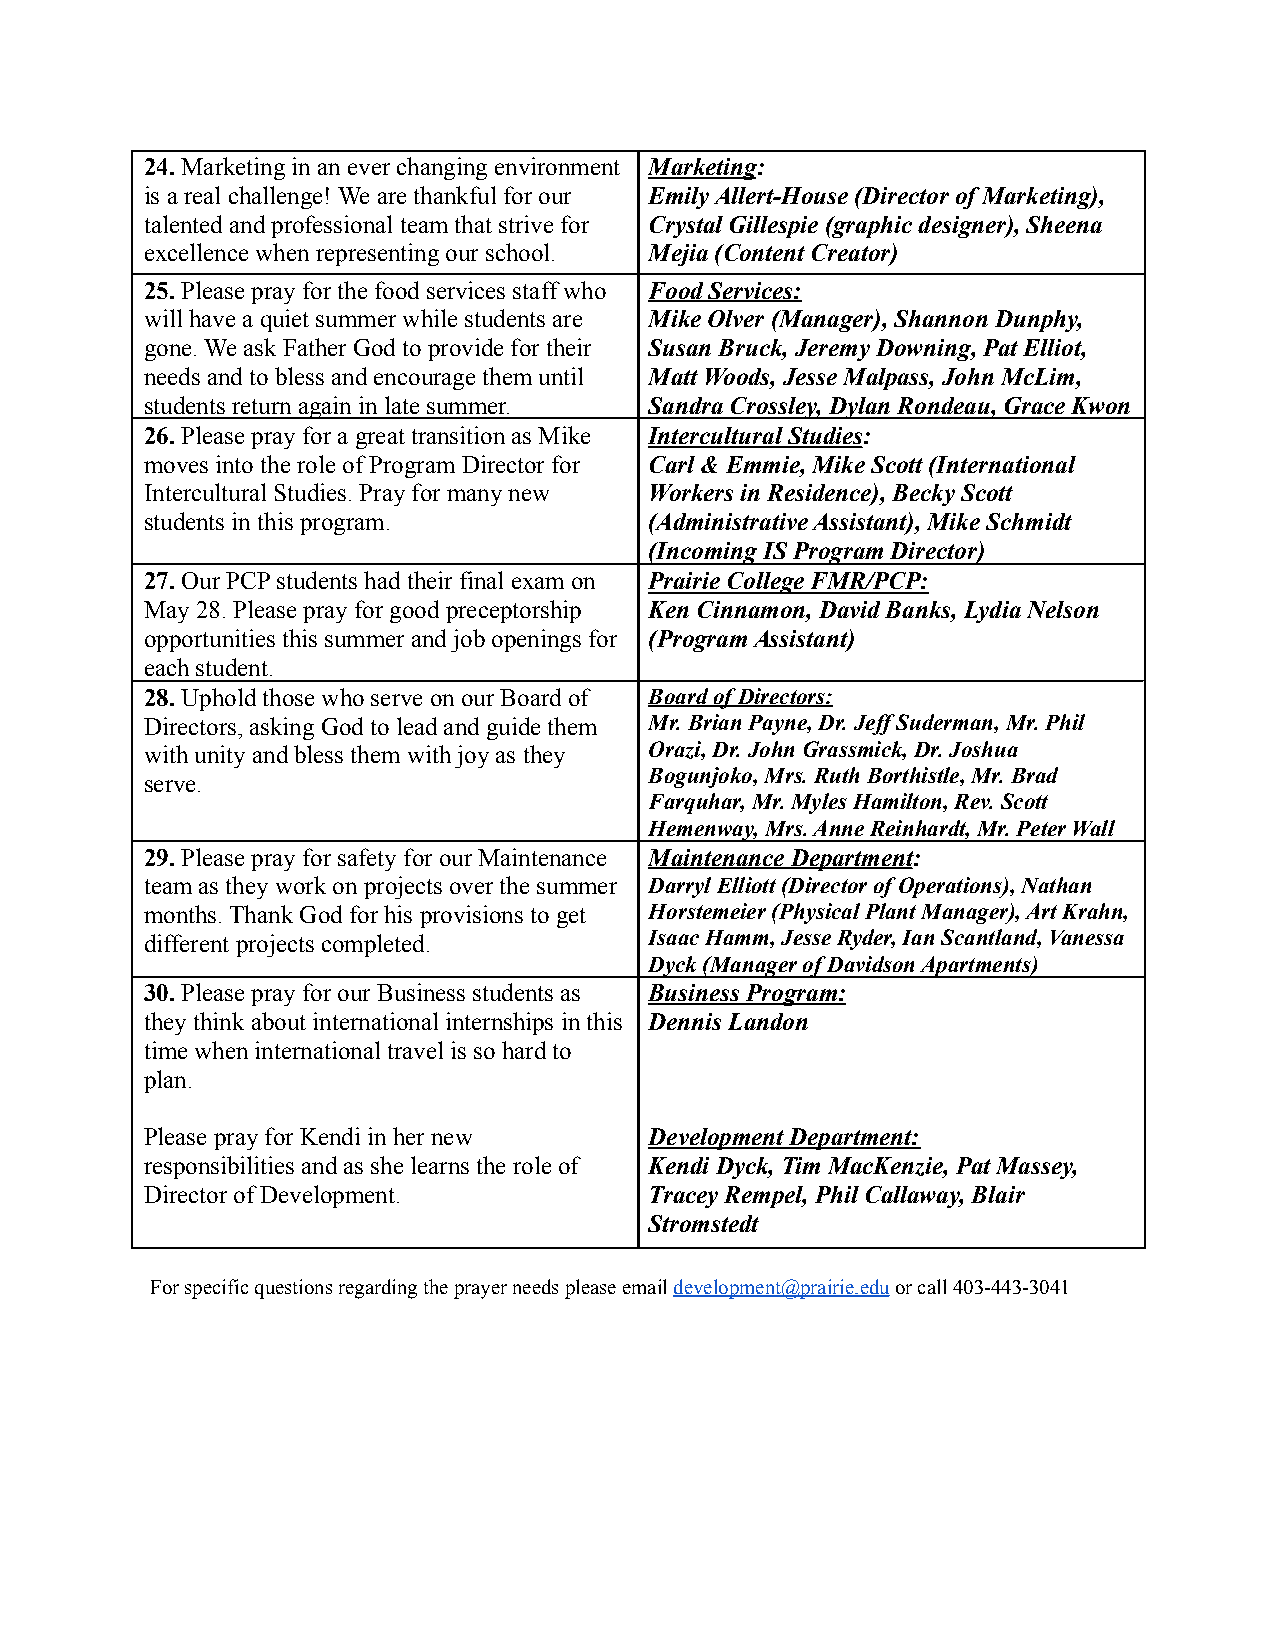
24.Marketing in an ever changing environment Marketing:
 is a real challenge! We are thankful for our Emily Allert-House (Director of Marketing),
 talented and professional team that strive for Crystal Gillespie (graphic designer), Sheena
 excellence when representing our school. Mejia (Content Creator)
 25.Please pray for the food services staff who Food Services:
 will have a quiet summer while students are Mike Olver (Manager), Shannon Dunphy,
 gone. We ask Father God to provide for their Susan Bruck, Jeremy Downing, Pat Elliot,
 needs and to bless and encourage them until Matt Woods, Jesse Malpass, John McLim,
 students return again in late summer. Sandra Crossley, Dylan Rondeau, Grace Kwon
 26.Please pray for a great transition as Mike Intercultural Studies:
 moves into the role of Program Director for Carl & Emmie, Mike Scott (International
 Intercultural Studies. Pray for many new Workers in Residence), Becky Scott
 students in this program.        (Administrative Assistant), Mike Schmidt
 (Incoming IS Program Director)
 27.Our PCP students had their final exam on Prairie College FMR/PCP:
 May 28. Please pray for good preceptorship Ken Cinnamon, David Banks, Lydia Nelson
 opportunities this summer and job openings for (Program Assistant)
 each student.
 28.Uphold those who serve on our Board of Board of Directors:
 Directors, asking God to lead and guide them Mr. Brian Payne, Dr. Jeff Suderman, Mr. Phil
 with unity and bless them with joy as they Orazi, Dr. John Grassmick, Dr. Joshua
 Bogunjoko, Mrs. Ruth Borthistle, Mr. Brad
 serve.
 Farquhar, Mr. Myles Hamilton, Rev. Scott
 Hemenway, Mrs. Anne Reinhardt, Mr. Peter Wall
 29.Please pray for safety for our Maintenance Maintenance Department:
 team as they work on projects over the summer Darryl Elliott (Director of Operations), Nathan
 months. Thank God for his provisions to get Horstemeier (Physical Plant Manager), Art Krahn,
 different projects completed.    Isaac Hamm, Jesse Ryder, Ian Scantland, Vanessa
 Dyck (Manager of Davidson Apartments)
 30.Please pray for our Business students as Business Program:
 they think about international internships in this Dennis Landon
 time when international travel is so hard to
 plan.
 Please pray for Kendi in her new Development Department:
 responsibilities and as she learns the role of Kendi Dyck, Tim MacKenzie, Pat Massey,
 Director of Development.         Tracey Rempel, Phil Callaway, Blair
 Stromstedt
 For specific questions regarding the prayer needsplease emaildevelopment@prairie.eduor call 403-443-3041